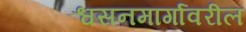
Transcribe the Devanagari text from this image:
श्वसनमार्गावरील